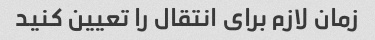
زمان لازم برای انتقال را تعیین کنید